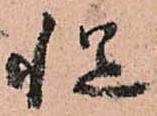
慥